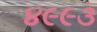
૪૯૯૩